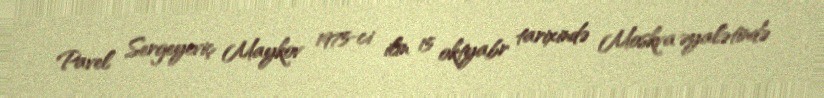
Pavel Sergeyeviç Maykov 1975-ci ilin 15 oktyabr tarixində Moskva əyalətində